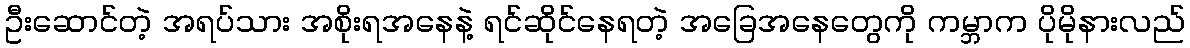
ဦးဆောင်တဲ့ အရပ်သား အစိုးရအနေနဲ့ ရင်ဆိုင်နေရတဲ့ အခြေအနေတွေကို ကမ္ဘာက ပိုမိုနားလည်